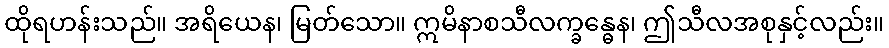
ထိုရဟန်းသည်။ အရိယေန၊ မြတ်သော။ ဣမိနာစသီလက္ခန္ဓေန၊ ဤသီလအစုနှင့်လည်း။